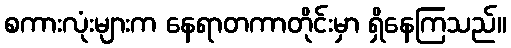
စကားလုံးများက နေရာတကာတိုင်းမှာ ရှိနေကြသည်။